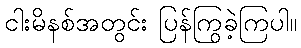
ငါးမိနစ်အတွင်း ပြန်ကြွခဲ့ကြပါ။